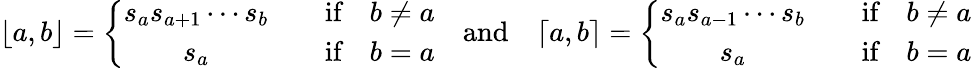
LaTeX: \lfloor a,b\rfloor=\left\{ \begin{array}{cc}{s_{a}s_{a+1}\cdots s_{b}}&{\quad\textrm{if}\quad b\neq a}\\ {s_{a}}&{\quad\textrm{if}\quad b=a}\end{array}\right.\quad\textrm{and}\quad\lceil a,b\rceil=\left\{ \begin{array}{cc}{s_{a}s_{a-1}\cdots s_{b}}&{\quad\textrm{if}\quad b\neq a}\\ {s_{a}}&{\quad\textrm{if}\quad b=a}\end{array}\right.